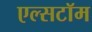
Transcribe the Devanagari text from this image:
एल्सटॉम